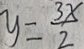
y = \frac { 3 x } { 2 }